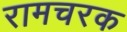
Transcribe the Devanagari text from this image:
रामचरक